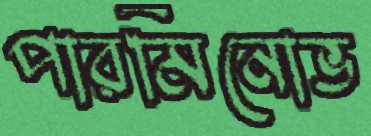
পারমিনোভ